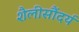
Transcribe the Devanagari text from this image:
शैलीसौंदर्य